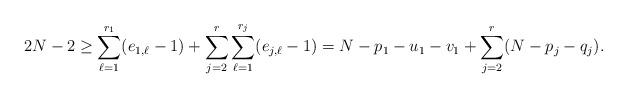
LaTeX: \begin{align*}2N-2\geq \sum_{\ell=1}^{r_1}(e_{1,\ell}-1) +\sum_{j=2}^r \sum_{\ell=1}^{r_j}(e_{j,\ell}-1) = N-p_1-u_1-v_1 + \sum_{j=2}^r(N-p_j-q_j). \end{align*}